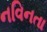
નવિનતા